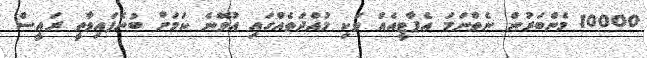
10000 މެންބަރުން ނެތްނަމަ އެޕާޓީއެއް ވަކި މުއްދަތެއްގައި އުވޭނެ ކަމަށް ބުނެފައިވާތީ ރައީސް